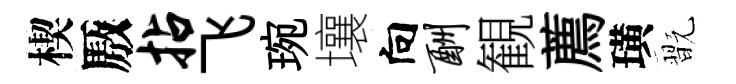
楔厫拈飞琬壤向酬観薦璜翫